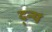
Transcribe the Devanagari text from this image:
द्न्य